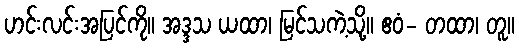
ဟင်းလင်းအပြင်ကို။ အဒ္ဒသ ယထာ၊ မြင်သကဲ့သို့။ ဧဝံ- တထာ၊ တူ။